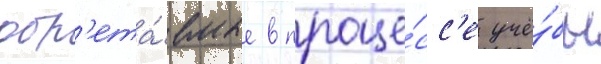
обр'ета́емые в проце́сс'е учё́бы